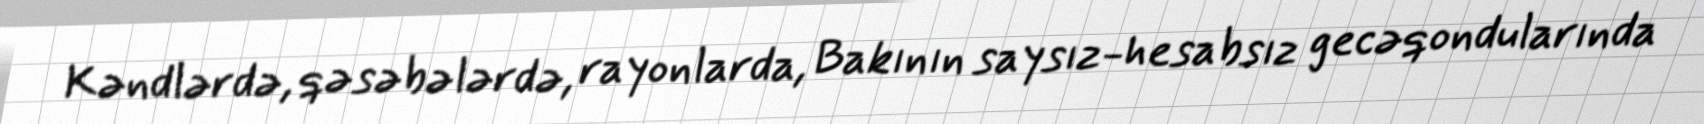
Kəndlərdə, qəsəbələrdə, rayonlarda, Bakının saysız-hesabsız gecəqondularında